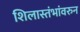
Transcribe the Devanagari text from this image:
शिलास्तंभांवरुन